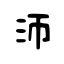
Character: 沞